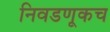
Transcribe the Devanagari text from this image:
निवडणूकच